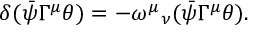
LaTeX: \delta ( \bar { \psi } \Gamma ^ { \mu } \theta ) = - { \omega ^ { \mu } } _ { \nu } ( \bar { \psi } \Gamma ^ { \mu } \theta ) .